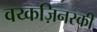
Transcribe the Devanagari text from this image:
वय्कज़िनस्की